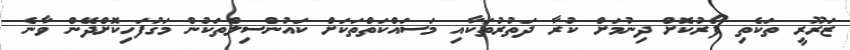
ޒަރޫރީ ތަކެތި ފޯރުކޮށް ދިނުމަށް ކުރާ ދަތުރުތަކާއި މަސައްކަތްތަކަށް ކައުންސިލްތަކުން މަގުފަހިކޮށްދޭން ވާނެ